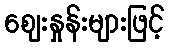
ဈေးနှုန်းများဖြင့်